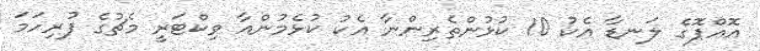
އޮއްޕޮގެ ލަނޑާ އެކު 10 ކުޅުންތެރިންނާ އެކު ކުޅެމުންއާ ވިކްޓަރީ މެޗުގެ ފުރިހަމަ